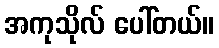
အကုသိုလ် ပေါ်တယ်။